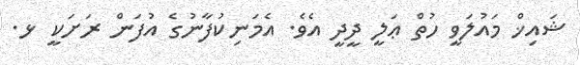
ޝައިޚް މައުލަވީ ހުތް ޢަލީ ދީދީ އެވެ. އެމަނިކުފާނުގެ އުފަން ރަށަކީ ޅ.